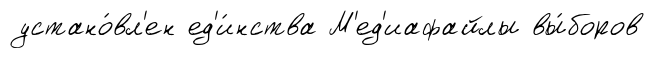
устано́вл'ен ед'и́нства М'ед'иафайлы вы́боров